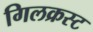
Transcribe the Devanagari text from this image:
गिलक्रस्ट